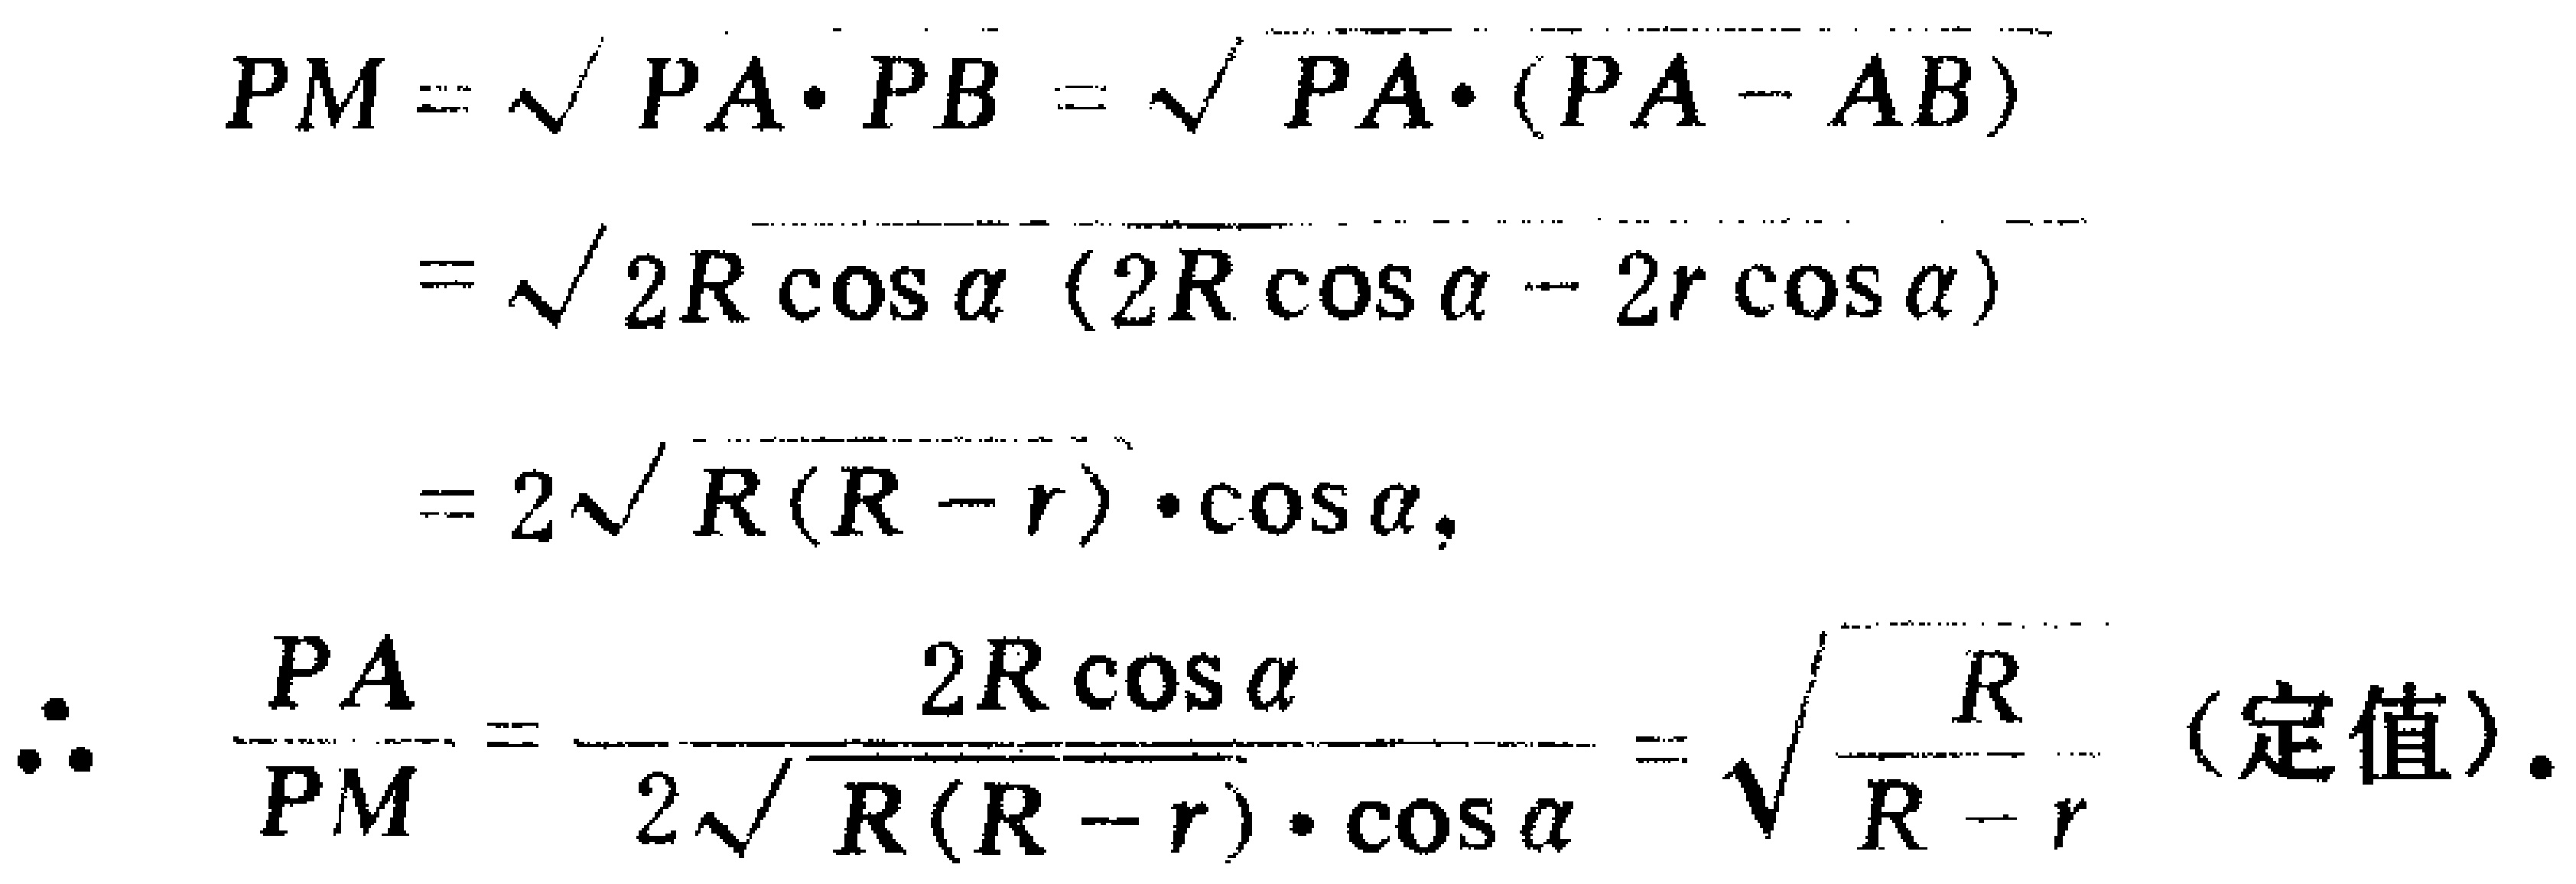
\[
\begin{align*}
PM&=\sqrt{PA\cdot PB}=\sqrt{PA\cdot(PA - AB)}\\
&=\sqrt{2R\cos\alpha(2R\cos\alpha - 2r\cos\alpha)}\\
&=2\sqrt{R(R - r)}\cdot\cos\alpha,\\
\therefore\frac{PA}{PM}&=\frac{2R\cos\alpha}{2\sqrt{R(R - r)}\cdot\cos\alpha}=\sqrt{\frac{R}{R - r}}\text{ (定值)}.
\end{align*}
\]